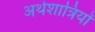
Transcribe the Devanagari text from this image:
अर्थशात्रियों